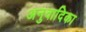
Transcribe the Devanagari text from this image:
अनुवादिका